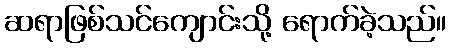
ဆရာဖြစ်သင်ကျောင်းသို့ ရောက်ခဲ့သည်။